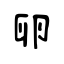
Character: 卵